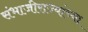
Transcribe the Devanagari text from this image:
संभाजीराज्यांच्या